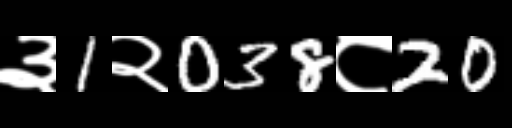
Text: ३1२038८20